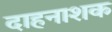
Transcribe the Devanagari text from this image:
दाहनाशक